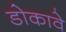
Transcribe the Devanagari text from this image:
डोकावे